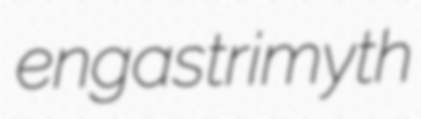
engastrimyth